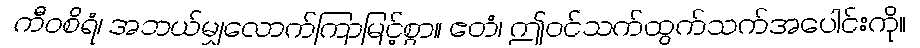
ကီဝစိရံ၊ အဘယ်မျှလောက်ကြာမြင့်စွာ။ ဧတံ၊ ဤဝင်သက်ထွက်သက်အပေါင်းကို။